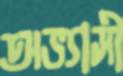
অভ্যাসী